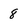
Character: 8